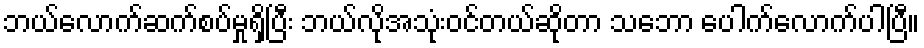
ဘယ်လောက်ဆက်စပ်မှုရှိပြီး ဘယ်လိုအသုံးဝင်တယ်ဆိုတာ သဘော ပေါက်လောက်ပါပြီ။